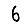
Digit: 6